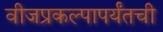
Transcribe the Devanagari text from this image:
वीजप्रकल्पापर्यंतची